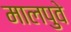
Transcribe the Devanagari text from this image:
मालपुवे